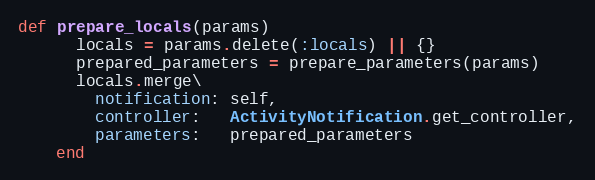
Language: Ruby
def prepare_locals(params)
      locals = params.delete(:locals) || {}
      prepared_parameters = prepare_parameters(params)
      locals.merge\
        notification: self,
        controller:   ActivityNotification.get_controller,
        parameters:   prepared_parameters
    end